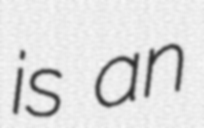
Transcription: is an